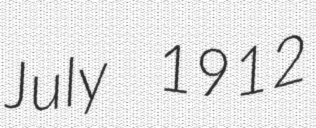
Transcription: July 1912